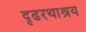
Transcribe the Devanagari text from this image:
दृढरथाश्रय